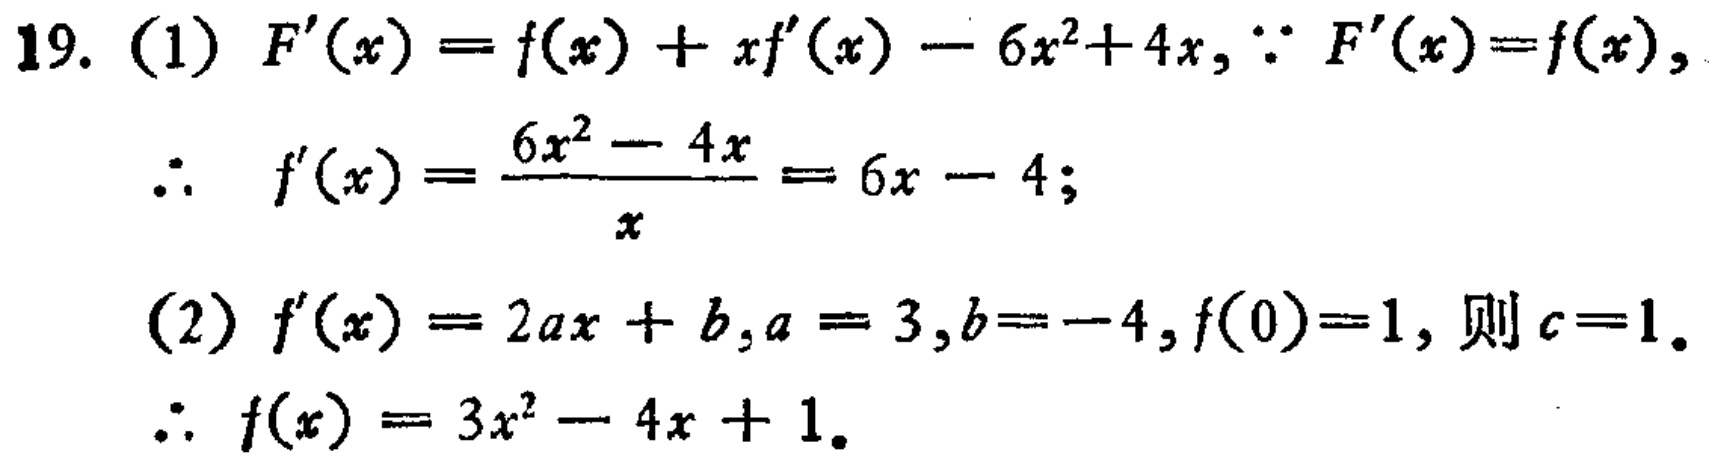
19. (1) \(F^{\prime}(x)=f(x)+xf^{\prime}(x)-6x^{2}+4x,\because F^{\prime}(x)=f(x),\)
\(\therefore f^{\prime}(x)=\frac{6x^{2}-4x}{x}=6x - 4;\)
(2) \(f^{\prime}(x)=2ax + b,a = 3,b=-4,f(0)=1,\) 则 \(c = 1\).
\(\therefore f(x)=3x^{2}-4x + 1.\)